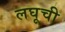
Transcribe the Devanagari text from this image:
लघूची